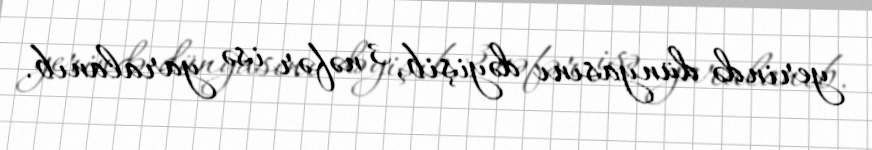
yerində dünyasını dəyişib, 3 nəfər isə yaralanıb.